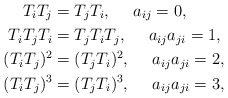
\begin{align*}T_iT_j &=T_jT_i,\ \ \ \ a_{ij} =0,\\T_iT_jT_i& =T_jT_iT_j,\ \ \ \ a_{ij}a_{ji} =1,\\(T_iT_j)^2&= (T_jT_i)^2,\ \ \ \ a_{ij}a_{ji}=2,\\(T_iT_j)^3&= (T_jT_i)^3,\ \ \ \ a_{ij}a_{ji}=3,\end{align*}